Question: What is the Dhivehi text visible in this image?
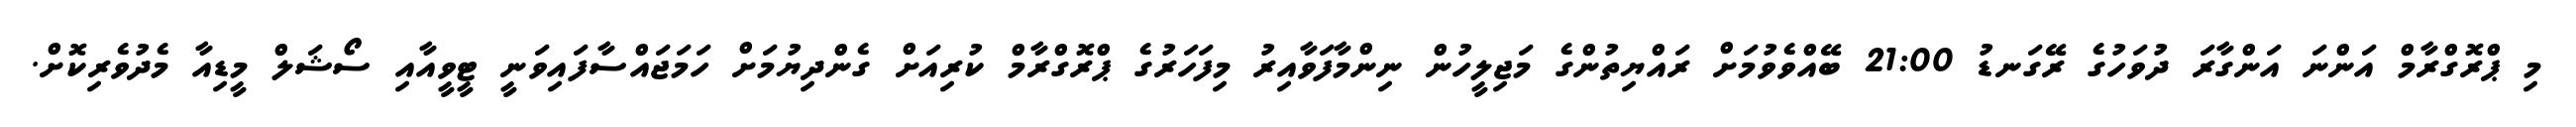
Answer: މި ޕްރޮގްރާމް އަންނަ އަންގާރަ ދުވަހުގެ ރޭގަނޑު 21:00 ބޭއްވެވުމަށް ރައްޔިތުންގެ މަޖިލީހުން ނިންމާފަވާއިރު މިފަހަރުގެ ޕްރޮގްރާމް ކުރިއަށް ގެންދިޔުމަށް ހަމަޖައްސާފައިވަނީ ޓީވީއާއި ސޯޝަލް މީޑިއާ މެދުވެރިކޮށް.